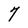
Character: 7